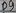
Text: P9